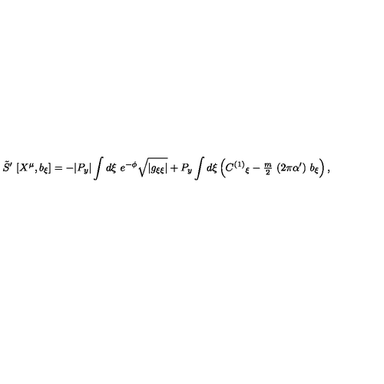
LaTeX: \tilde { S } ^ { \prime } \ [ X ^ { \mu } , b _ { \xi } ] = - | P _ { y } | \int d \xi \ e ^ { - \phi } \sqrt { | g _ { \xi \xi } | } + P _ { y } \int d \xi \left( C ^ { ( 1 ) } { } _ { \xi } - { \textstyle \frac { m } { 2 } } \ ( 2 \pi \alpha ^ { \prime } ) \ b _ { \xi } \right) ,